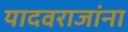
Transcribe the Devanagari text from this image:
यादवराजांना